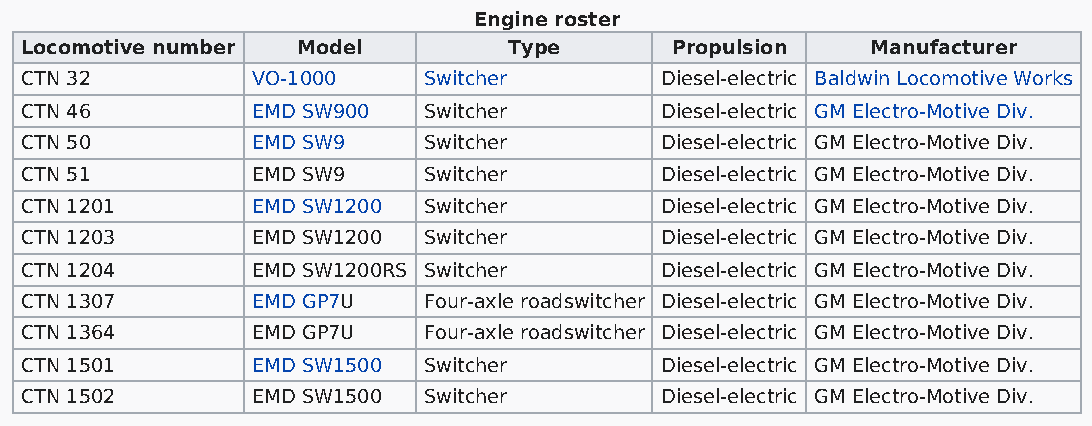
Engine roster
 Locomotive number  Model         Type      Propulsion    Manufacturer
 CTN 32          VO-1000    Switcher        Diesel-electric Baldwin Locomotive Works
 CTN 46          EMD SW900  Switcher        Diesel-electric GM Electro-Motive Div.
 CTN 50          EMD SW9    Switcher        Diesel-electric GM Electro-Motive Div.
 CTN 51          EMD SW9    Switcher        Diesel-electric GM Electro-Motive Div.
 CTN 1201        EMD SW1200 Switcher        Diesel-electric GM Electro-Motive Div.
 CTN 1203        EMD SW1200 Switcher        Diesel-electric GM Electro-Motive Div.
 CTN 1204        EMD SW1200RS Switcher      Diesel-electric GM Electro-Motive Div.
 CTN 1307        EMD GP7U   Four-axle roadswitcher Diesel-electric GM Electro-Motive Div.
 CTN 1364        EMD GP7U   Four-axle roadswitcher Diesel-electric GM Electro-Motive Div.
 CTN 1501        EMD SW1500 Switcher        Diesel-electric GM Electro-Motive Div.
 CTN 1502        EMD SW1500 Switcher        Diesel-electric GM Electro-Motive Div.